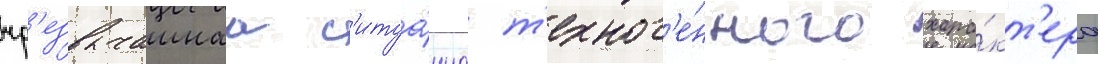
чр'езвычаинаа с'итуа́циа т'ехног'е́нного хара́кт'ера